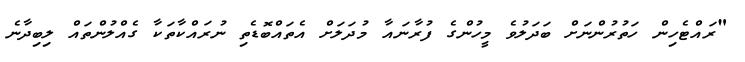
"ރައްޓެހިން ހަތުރުންނަށް ބަދަލުވެ މީހުންގެ ފުރާނައާ މުދަލަށް އެތައްބޮޑެތި ނުރައްކާތަކާ ގެއްލުންތައް ލިބިދާނެ